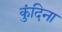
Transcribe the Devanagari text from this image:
कुंदिना